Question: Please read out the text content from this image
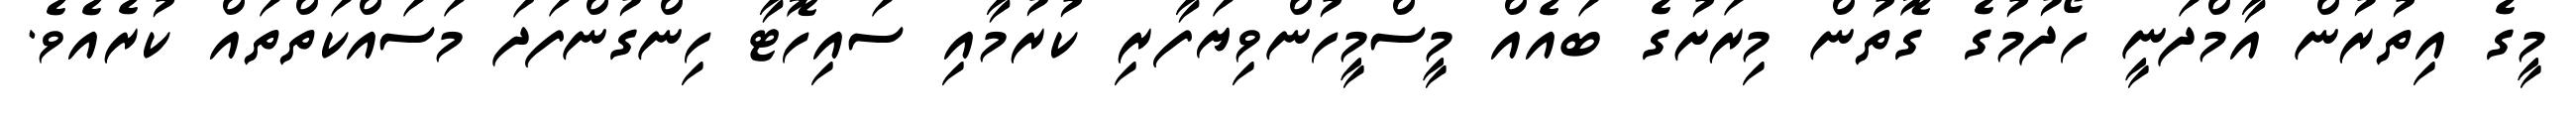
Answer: މީގެ އިތުރުން އާމްދަނީ ހޯދުމުގެ ގޮތުން މިރަށުގެ ބައެއް މީސްމީހުންވިޔަފާރި ކުރުމާއި ސައިހޮޓާ ހިންގުންފަދަ މަސައްކަތްތައް ކުރެއެވެ.